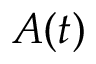
A ( t )